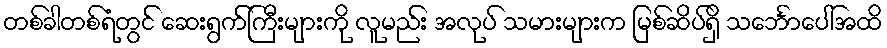
တစ်ခါတစ်ရံတွင် ဆေးရွက်ကြီးများကို လူမည်း အလုပ် သမားများက မြစ်ဆိပ်ရှိ သင်္ဘောပေါ်အထိ